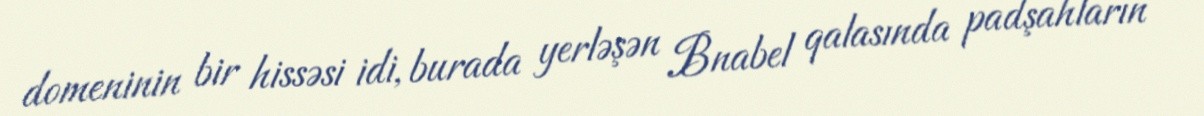
domeninin bir hissəsi idi, burada yerləşən Bnabel qalasında padşahların